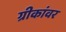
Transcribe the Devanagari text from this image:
ग्रीकांवर